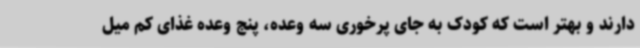
دارند و بهتر است که کودک به جای پرخوری سه وعده، پنج وعده غذای کم میل